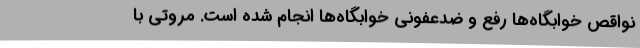
نواقص خوابگاه‌ها رفع و ضدعفونی خوابگاه‌ها انجام شده است. مروتی با